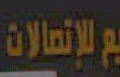
للإتصالات